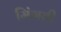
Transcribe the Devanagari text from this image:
मिंगती